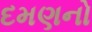
દમણનો